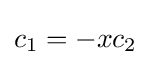
c_{1}=-xc_{2}